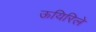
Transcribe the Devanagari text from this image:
ऊयिरिले